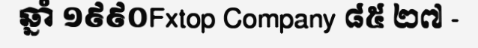
ឆ្នាំ ១៩៩០Fxtop Company ៨៥ ២៧ -